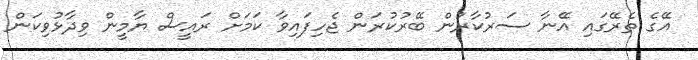
އޭގެ ތެރޭގައި އޭނާ ސަރުކާރުން ބޭރުކުރަން ޖެހިފައިވާ ކަމަށް ރައީސް ޔާމީން ވިދާޅުވިކަން